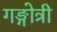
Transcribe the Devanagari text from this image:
गङ्गोत्री